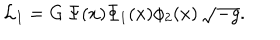
LaTeX: { \cal L } _ { I } = G \, \Psi ( x ) \Phi _ { 1 } ( x ) \phi _ { 2 } ( x ) \, \sqrt { - g } .